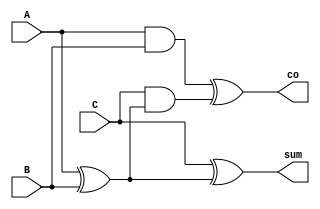
module fulladder(A,B,C,sum,co);
 input A,B,C;
 output sum,co;
//wire w1,w2,w3;

xor g1(w1,A,B),
    g2(sum,C,w1),g5(co,w2,w3);
and g3(w2,A,B),
    g4(w3,C,w1);    

//instantiate (.bottom(top), .bott(top))

//andg1 g3(.C(w2),.A(A),.B(B)),
//      g4(.C(w3),.A(C),.B(w1));


endmodule

//module andg1(A,B,C);
//input A,B;
//output C;

//and g6(C,A,B);

//endmodule